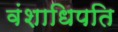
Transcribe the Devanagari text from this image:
वंशाधिपति